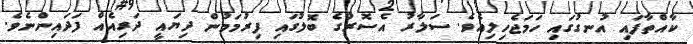
ކާއްތާފައި އުނގުގައި ހަމަޖެހިލިއެވެ. ސަލާރު އެސޮރުގެ ބޮލުގައި ފިރުމަމުން ދިޔައީ ދަރިއެއް ފަދައިންނެވެ.